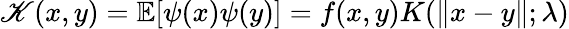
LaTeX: \mathscr{K}(x,y)=\mathbb{E}[\psi(x)\psi(y)]=f(x,y)K(\| x-y\| ;\lambda)